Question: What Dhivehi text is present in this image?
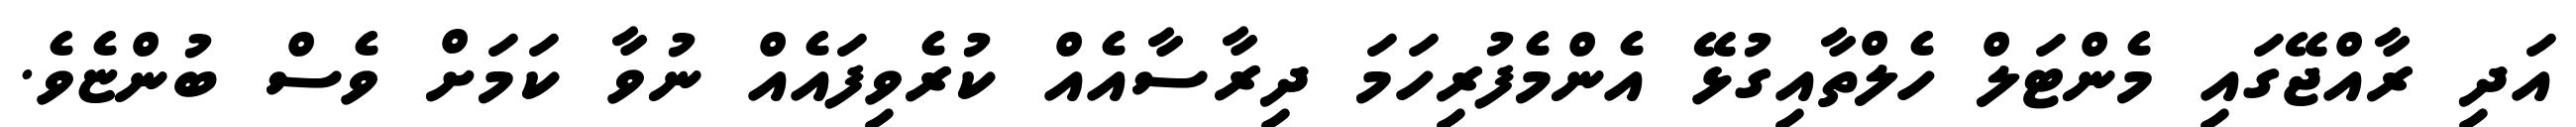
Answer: އަދި ރާއްޖޭގައި މެންޓަލް ހެލްތާއިގުޅޭ އެންމެފުރިހަމަ ދިރާސާއެއް ކުރެވިފައެއް ނުވާ ކަމަށް ވެސް ބުންޏެވެ.